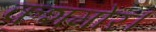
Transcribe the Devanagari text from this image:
कशमोर।